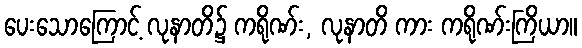
ပေးသောကြောင့် လုနာတိ၌ ကရိုဏ်း, လုနာတိ ကား ကရိုဏ်းကြိယာ။